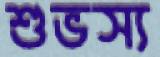
শুভস্য